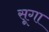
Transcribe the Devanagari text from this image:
सूगा